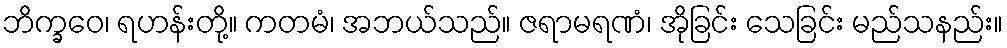
ဘိက္ခဝေ၊ ရဟန်းတို့။ ကတမံ၊ အဘယ်သည်။ ဇရာမရဏံ၊ အိုခြင်း သေခြင်း မည်သနည်း။